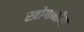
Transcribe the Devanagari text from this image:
स्त्रोगानीना